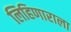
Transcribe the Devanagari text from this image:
लिहिणाराला